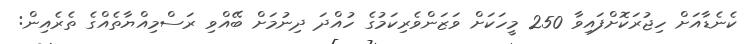
ކެނެޑާއަށް ހިޖުރަކޮށްފައިވާ 250 މީހަކަށް ވަޒަންވެރިކަމުގެ ހުއްދަ ދިނުމަށް ބޭއްވި ރަސްމިއްޔާތެއްގެ ތެރެއިން: